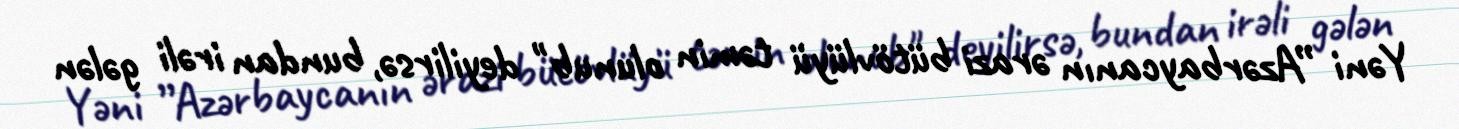
Yəni ”Azərbaycanın ərazi bütövlüyü təmin olunub" deyilirsə, bundan irəli gələn